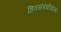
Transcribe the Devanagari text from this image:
हितसंबंधीयांना